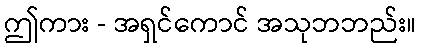
ဤကား - အရှင်ကောင် အသုဘဘည်း။